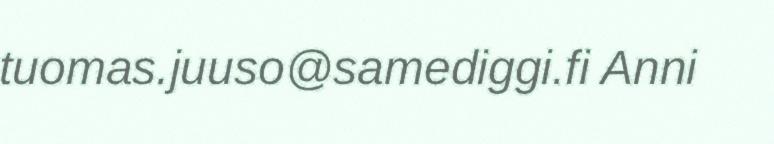
tuomas.juuso@samediggi.fi Anni